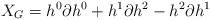
LaTeX: \begin{align*}X_G=h^0\partial{h^0}+h^1\partial{h^2}-h^2\partial{h^1}\end{align*}